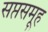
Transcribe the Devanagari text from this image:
सप्तसमूह